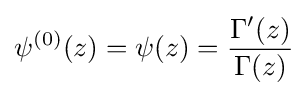
\psi ^{(0)}(z)=\psi (z)={\frac {\Gamma '(z)}{\Gamma (z)}}